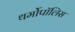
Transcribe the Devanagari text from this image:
थर्मोपॉलिस